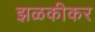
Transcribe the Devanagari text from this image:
झळकीकर